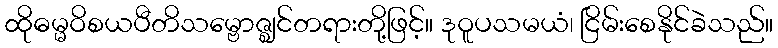
ထိုဓမ္မဝိစယပီတိသမ္ဗောဇ္ဈင်တရားတို့ဖြင့်။ ဒုဝူပသမယံ၊ ငြိမ်းစေနိုင်ခဲသည်။